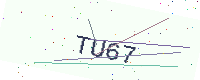
Text: TU67